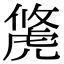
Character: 𧇐